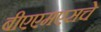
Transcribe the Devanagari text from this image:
बीएएमएसचे